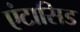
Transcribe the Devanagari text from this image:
एंटासिड